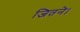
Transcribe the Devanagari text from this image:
जितने।